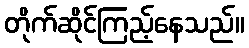
တိုက်ဆိုင်ကြည့်နေသည်။